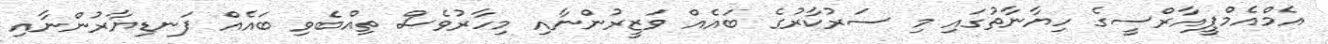
އެމްއެމްޕީއާރްސީގެ ހިޔާނާތުގައި މި ސަރުކާރުގެ ބައެއް ވަޒީރުންނާއި މިހާރުވެސް ތިއްބެވި ބައެއް ފަނޑިޔާރުންނާއި